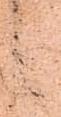
候